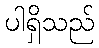
ပါရှိသည်